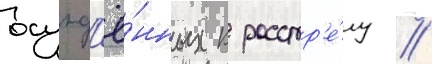
осужд'ё́нных к расстр'е́лу //